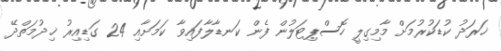
ޚަރަދު ކުޑަކުރުމަށް މާމިގިލީ ހޮސްޕިޓަލުން ފެން ކަނޑާލާފައިވާ ކަމަށާއި 24 ގަޑިއިރު ޚިދުމަތްދޭ